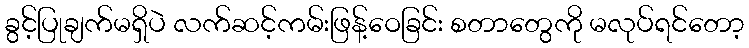
ခွင့်ပြုချက်မရှိပဲ လက်ဆင့်ကမ်းဖြန့်ဝေခြင်း စတာတွေကို မလုပ်ရင်တော့